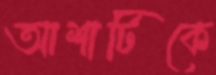
আশাটিকে